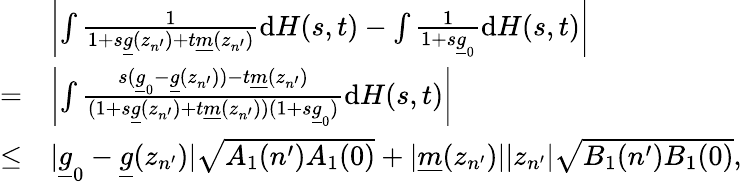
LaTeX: \begin{array}{rl}&{\left\vert\int\frac{1}{1+s\underline{{g}}(z_{n^{\prime}})+t\underline{{m}}(z_{n^{\prime}})}\mathrm{d}H(s,t)-\int\frac{1}{1+s\underline{{g}}_{0}}\mathrm{d}H(s,t)\right\vert}\\ {=}&{\left\vert\int\frac{s(\underline{{g}}_{0}-\underline{{g}}(z_{n^{\prime}}))-t\underline{{m}}(z_{n^{\prime}})}{(1+s\underline{{g}}(z_{n^{\prime}})+t\underline{{m}}(z_{n^{\prime}}))(1+s\underline{{g}}_{0})}\mathrm{d}H(s,t)\right\vert}\\ {\leq}&{\vert\underline{{g}}_{0}-\underline{{g}}(z_{n^{\prime}})\vert\sqrt{A_{1}(n^{\prime})A_{1}(0)}+\vert\underline{{m}}(z_{n^{\prime}})\vert\vert z_{n^{\prime}}\vert\sqrt{B_{1}(n^{\prime})B_{1}(0)},}\end{array}